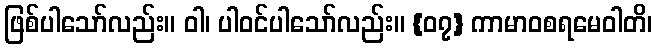
ဖြစ်ပါသော်လည်း။ ဝါ၊ ပါဝင်ပါသော်လည်း။ {၀၇} ကာမာဝစရမေဝါတိ၊